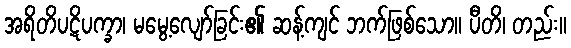
အရိတိပဋိပက္ခာ၊ မမွေ့လျော်ခြင်း၏ ဆန့်ကျင် ဘက်ဖြစ်သော။ ပီတိ၊ တည်း။